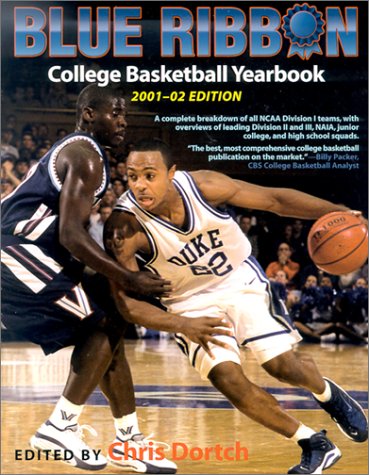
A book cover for Blue Ribbon College Basketball Yearbook, 2001-2002 (21st Edition); Chris Dortch; Sports & Outdoors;